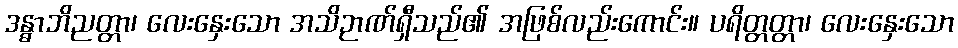
ဒန္ဓာဘိညတ္တာ၊ လေးနှေးသော အသိဉာဏ်ရှီသည်၏ အဖြစ်လည်းကောင်း။ ပရိတ္တတ္တာ၊ လေးနှေးသော